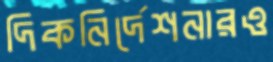
দিকনির্দেশনারও